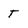
Character: T